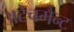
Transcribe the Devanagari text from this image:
अटेचमैन्ट